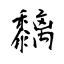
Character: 黐